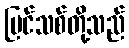
ပြင်သစ်တို့သည်